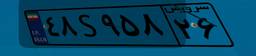
۳۹S۹۲۷۹۹